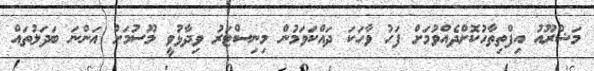
މަޝްރޫއު އިފްތިތާހުކޮށްދެއްވުމަށް ފަހު ވާހަކަ ދައްކަވަމުން މިނިސްޓަރު ވިދާޅުވީ މޫސުމަށް އަންނަ ބަދަލުތައް